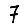
Digit: 7